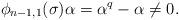
LaTeX: \begin{align*}\phi_{n-1,{1}}(\sigma)\alpha={\alpha^{q}}-\alpha\neq0.\end{align*}